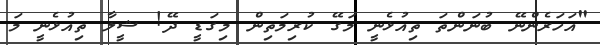
"އަހަރެންނޭ ބުނަންތަ ތިއުޅެނީ މަގޭ ކުރިމަތިން މިގަޑީ ދޭ! ޝީލާ ތިއުޅެނީ މަ